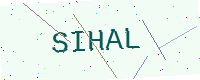
Text: SIHAL